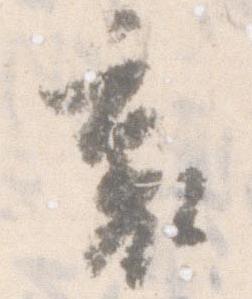
裏